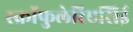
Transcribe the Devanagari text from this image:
स्क्रॉफुलेरिएसिई